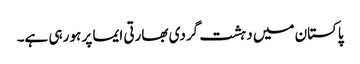
پاکستان میں دہشت گردی بھارتی ایما پر ہو رہی ہے۔